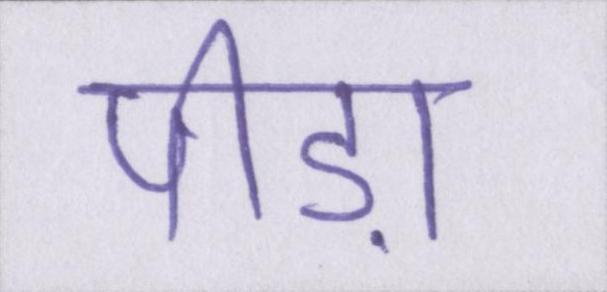
पीड़ा